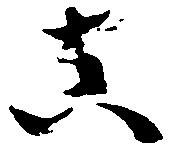
真